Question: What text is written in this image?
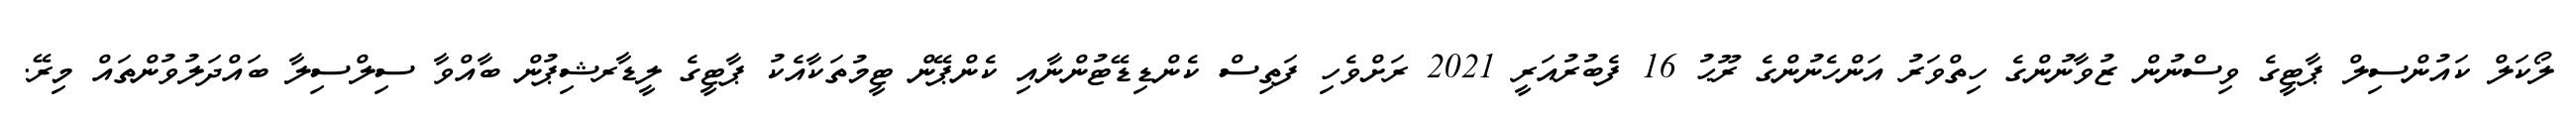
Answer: ލޯކަލް ކައުންސިލް ޕާޓީގެ ވިސްނުން ޒުވާނުންގެ ހިތްވަރު އަންހެނުންގެ ރޫޙު 16 ފެބުރުއަރީ 2021 ރަށްވެހި ފަތިސް ކެންޑިޑޭޓުންނާއި ކެންޕޭން ޓީމުތަކާއެކު ޕާޓީގެ ލީޑާރޝިޕުން ބާއްވާ ސިލްސިލާ ބައްދަލުވުންތައް މިރޭ.